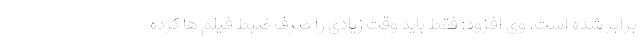
برابر شده است. وی افزود: فقط باید وقت زیادی را صرف ضبط فیلم ها کرده